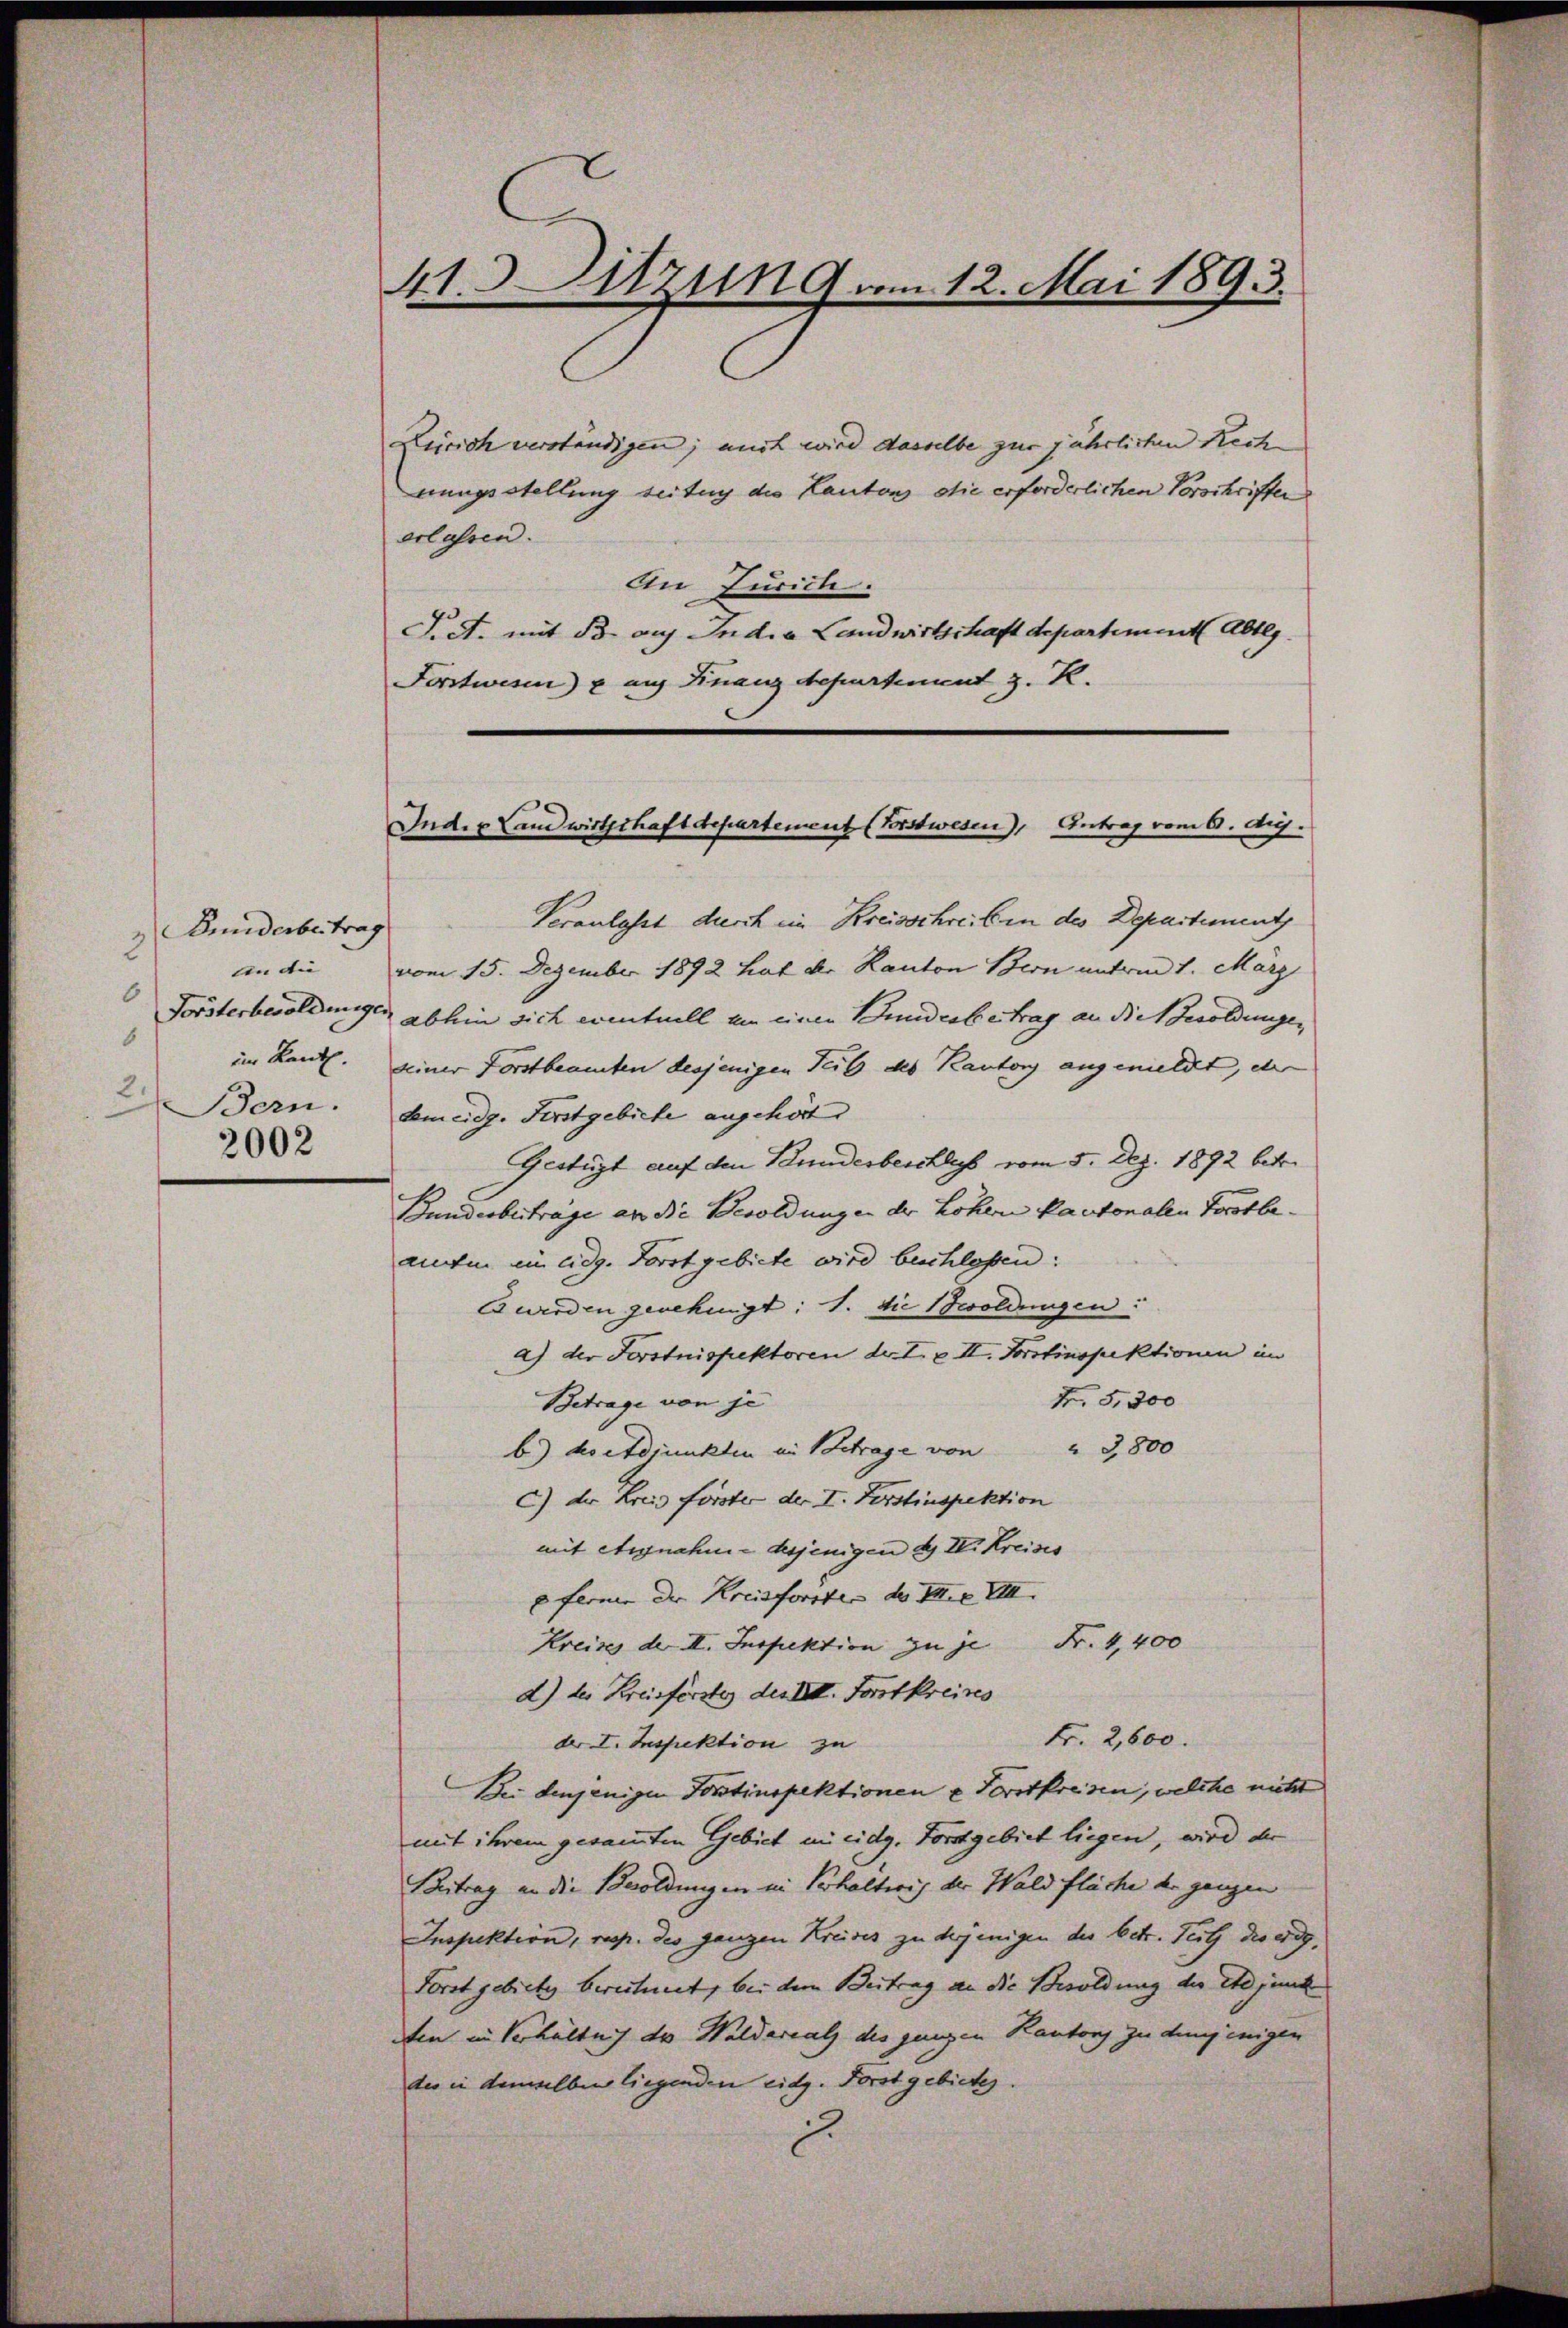
Eniderbertrag
2
An die
6.
6
im Kant.
2.
Bern.
2002

41. Sitzung vom 12. Mai 1893.

Zürich verständigen; auch wird dasselbe zur jährlichen Rech
nungsstellung seitig die Kantons die erforderlichen Vorschriften
erlassen.
An Jurich.
Fidt. mit B. auf India Landwirtschaft departiment Abtlg.
Forstwesen & auf Finanzdepartement z. B.

Indes Landwirtschaft departement (Vorstwesen), Antrag vom 6. Aug.

Veranlasst durch im Kreisschreiben des Departement
vom 15. Dezember 1892 hat der Kanton Bern unterint. März
Forsterbesoldungen abhin sich eventuell um einen Bunderbetrag an die Besoldungen
seiner Forstbeamten desjenigen Teil des Kantons angemeldet, der
dem eidg. Forstgebiete angehört.
Gestüzt auf den Stundesbeschluss vom 5. Dez. 1892 betr.
Bunderberträge an die Besoldungen der Löhern Kantonalen Fortbe
anten in adg. Forstgebiete wird beschlossen:
Ewerden geschingt: 1. die woldungen:
a) der Forstnispektoren der I. u. II. Forstinspektionen im
Nr. 3,300
Betrage von je
 3800
b.) doetdjunkten an Betrage von
c) der Kreis forster der I. Perstinspektion
mit Annahme desjenigen d. IV. Kreises
e ferner der Kreisforste des III. VIII.
Kreises der II. Inspektion zu je Fr. 4,400
d) des Kreisförster des III. Forstkreises
Fr. 2,600.
der I. Inspektion zu
Bei denjenigen Forstinspektionen u. Forstpreisen, welche nicht
mit ihrem gesammten Gebiet in eidg. Forstgebiet liegen, wird der
Beitrag an die Besoldungen in Verhalteris der Waldfläche die ganzen
Inspektion, resp. des ganzen Kreises zu derjenigen der betr. Teil die adg¬
Forst gebiete berechnet, bei dem Beitrag an die Besoldung des et junk
Ien in Verhältnis des Waldareal des jungen Kantons zu denjenigen
des in demselben liegenden eidg. Forstgebietes.